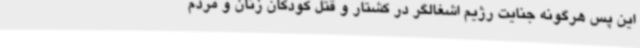
این پس هرگونه جنایت رژیم اشغالگر در کشتار و قتل کودکان زنان و مردم